Indian journal of veterinary science and animal husbandry - Volume 5,
Year: 1935
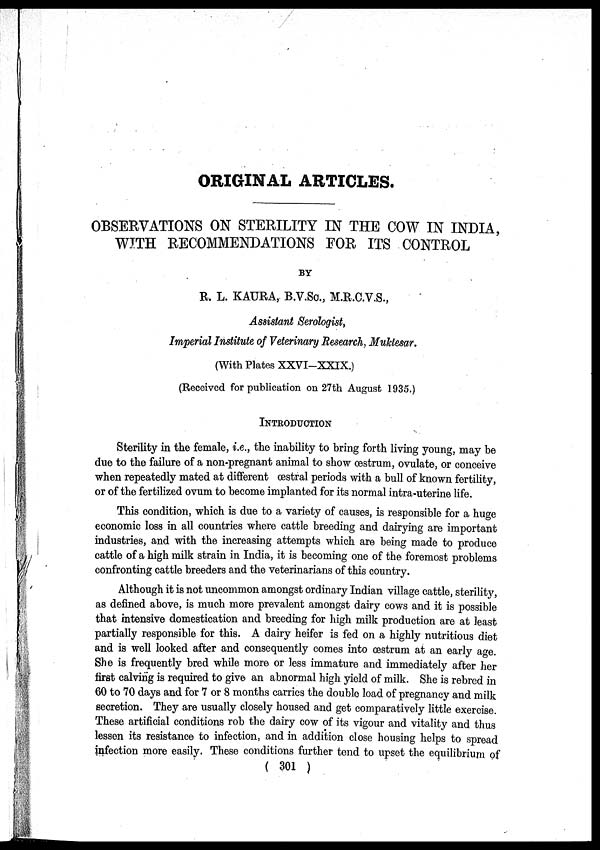
ORIGINAL ARTICLES.
OBSERVATIONS ON STERILITY IN THE COW IN INDIA,
WITH RECOMMENDATIONS FOR ITS CONTROL
BY
R. L. KAURA, B.V.Sc., M.R.C.V.S.,
Assistant Serologist,
Imperial Institute of Veterinary Research, Muktesar.
(With Plates XXVI-XXIX.)
(Received for publication on 27th August 1935.)
INTRODUCTION
Sterility in the female, i.e., the inability to bring forth living young, may be
due to the failure of a non-pregnant animal to show œstrum, ovulate, or conceive
when repeatedly mated at different œstral periods with a bull of known fertility,
or of the fertilized ovum to become implanted for its normal intra-uterine life.
This condition, which is due to a variety of causes, is responsible for a huge
economic loss in all countries where cattle breeding and dairying are important
industries, and with the increasing attempts which are being made to produce
cattle of a high milk strain in India, it is becoming one of the foremost problems
confronting cattle breeders and the veterinarians of this country.
Although it is not uncommon amongst ordinary Indian village cattle, sterility,
as defined above, is much more prevalent amongst dairy cows and it is possible
that intensive domestication and breeding for high milk production are at least
partially responsible for this. A dairy heifer is fed on a highly nutritious diet
and is well looked after and consequently comes into œstrum at an early age.
She is frequently bred while more or less immature and immediately after her
first calving is required to give an abnormal high yield of milk. She is rebred in
60 to 70 days and for 7 or 8 months carries the double load of pregnancy and milk
secretion. They are usually closely housed and get comparatively little exercise.
These artificial conditions rob the dairy cow of its vigour and vitality and thus
lessen its resistance to infection, and in addition close housing helps to spread
infection more easily. These conditions further tend to upset the equilibrium of
( 301 )